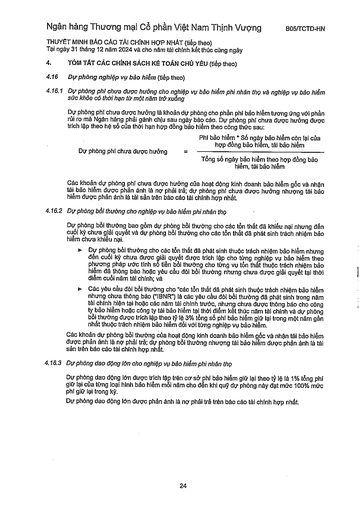
|Dự phòng phí chưa được hưởng|Phí bảo hiểm * Số ngày bảo hiểm còn lại của hợp đồng bảo hiểm, tái bảo hiểm| |---|---| |được hưởng|Tổng số ngày bảo hiểm theo hợp đồng bảo hiểm, tái bảo hiểm|